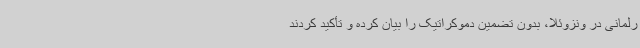
رلمانی در ونزوئلا، بدون تضمین دموکراتیک را بیان کرده و تأکید کردند